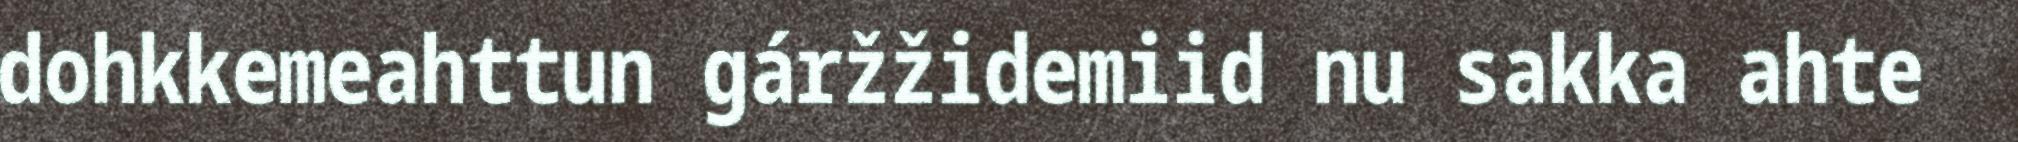
dohkkemeahttun gáržžidemiid nu sakka ahte